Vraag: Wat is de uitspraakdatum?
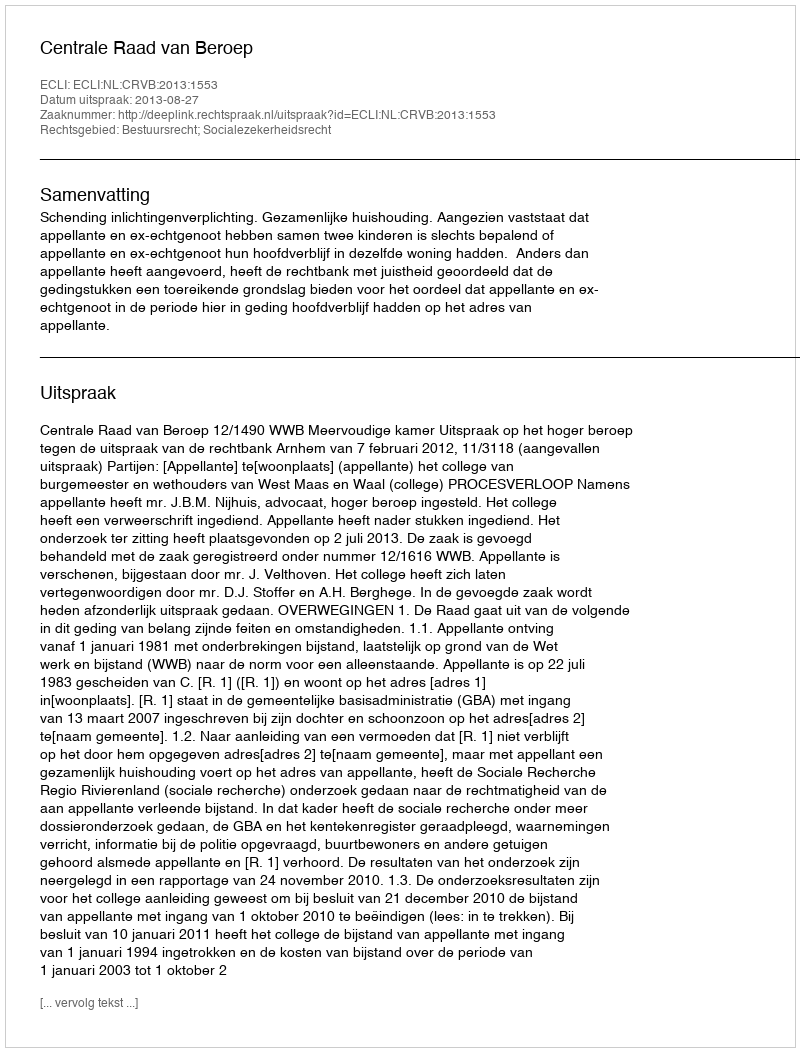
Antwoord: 2013-08-27